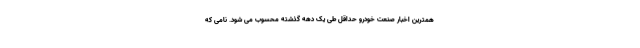
همترین اخبار صنعت خودرو حداقل طی یک دهه گذشته محسوب می شود. نامی که